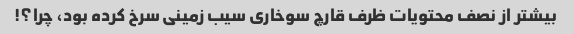
بیشتر از نصف محتویات ظرف قارچ سوخاری سیب زمینی سرخ کرده بود، چرا؟!